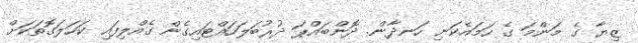
ޒިޔާ ގެ މަންމަ ގެ ހަމައެކަނި ހަނދާން. ދޮންބައްޕަ ދުރުބަލަހައްޓައިގެން ގެއްލިފައި ކަހަލަގޮތަކަށް